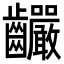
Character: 䶫